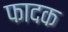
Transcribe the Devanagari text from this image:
फादक